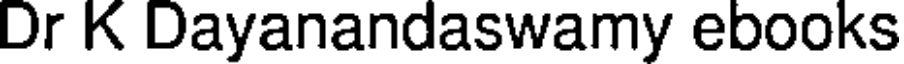
Dr K Dayanandaswamy ebooks